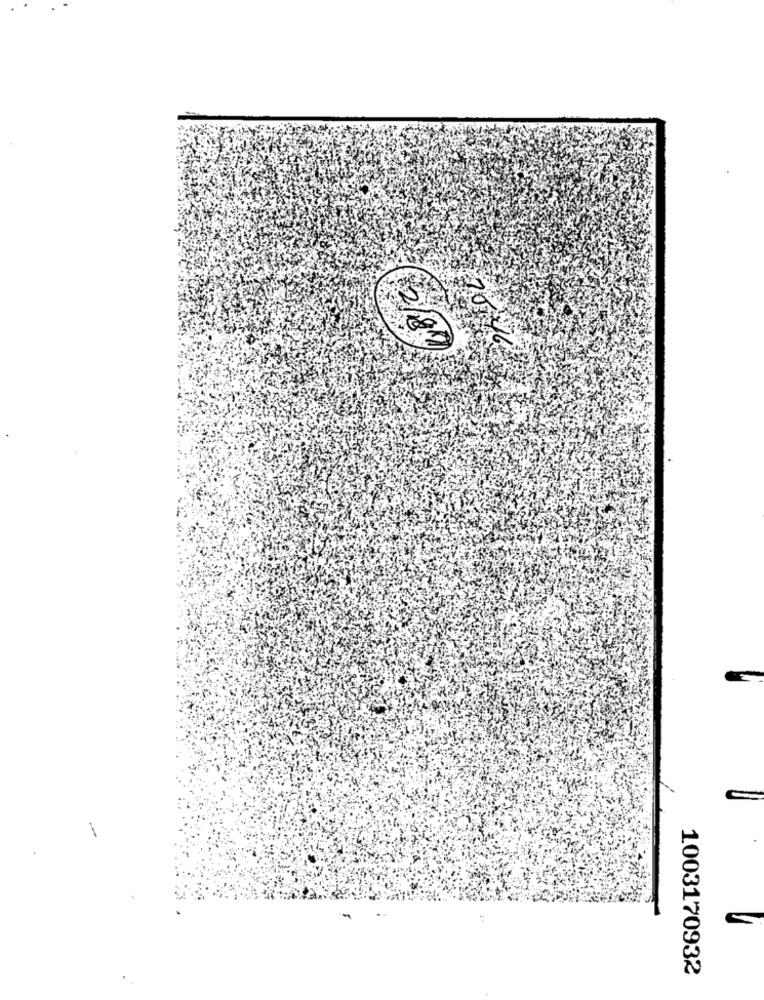
2/89
1003170932